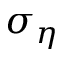
\sigma _ { \eta }